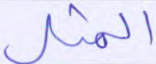
المثل